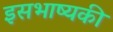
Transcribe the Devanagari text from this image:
इसभाष्यकी